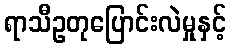
ရာသီဥတုပြောင်းလဲမှုနှင့်